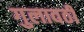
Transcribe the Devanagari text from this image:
गुलावठी